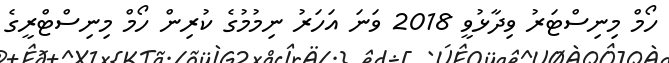
ހޯމް މިނިސްޓަރު ވިދާޅުވީ 2018 ވަނަ އަހަރު ނިމުމުގެ ކުރިން ހޯމް މިނިސްޓްރީގެ